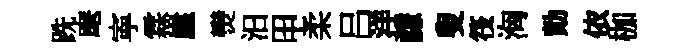
跣麾寕霖崖𤓖汩甲柔吕洋謙叟筏洶勣依枷